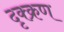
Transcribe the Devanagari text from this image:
दृक्क्रण